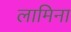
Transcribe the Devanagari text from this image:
लामिना